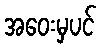
အဝေးမှပင်